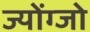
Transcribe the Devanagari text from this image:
ज्योंग्जो